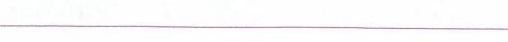
___